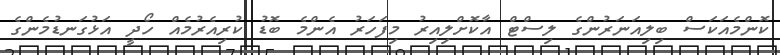
ކޮންމެއަކަސް ބިލިއަނަރުންގެ ލިސްޓް އާކޮށްލިއިރު މިފަހަރު އެންމެ ބޮޑު ކުރިއެރުމެއް ހޯދީ އަޅުގަނޑުމެންގެ